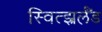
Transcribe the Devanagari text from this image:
स्वित्झ्रर्लँड